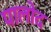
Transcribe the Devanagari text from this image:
पालोद